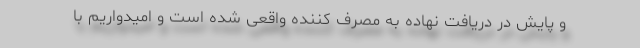
و پایش در دریافت نهاده به مصرف کننده واقعی شده است و امیدواریم با